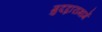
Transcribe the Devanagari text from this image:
गुदद्वारामार्गे